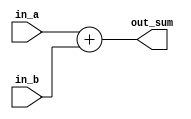
module adder(
    in_a, 
    in_b,
    out_sum
);
input        in_a;
input        in_b;
output [1:0] out_sum;

assign out_sum = in_a + in_b;

endmodule